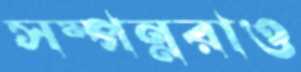
সম্পন্নরাও